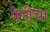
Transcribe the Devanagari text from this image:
फेरींचा